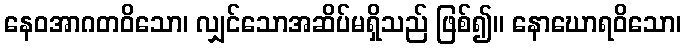
နေဝအာဂတဝိသော၊ လျှင်သောအဆိပ်မရှိသည် ဖြစ်၍။ နောဃောရဝိသော၊